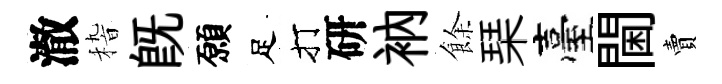
澈𥟵旣願足打研衲餘琹臺閫賣